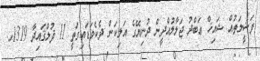
ފަޟީލަތުއް ޝައިޚް ޢަބްދު ޖަލާލުއްދީން ދުނިޔޭގެ އަލިކަން ދެކެވަޑައިގަތީ 11 ޛުލްޤައިދާ 1319ހ.